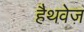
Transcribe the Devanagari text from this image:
हैथवेज़